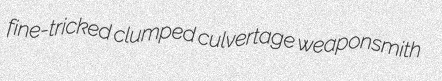
fine-tricked clumped culvertage weaponsmith